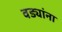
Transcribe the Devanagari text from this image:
वड्यांना